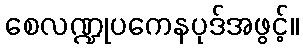
စေလဏ္ဍုပကေနပုဒ်အဖွင့်။